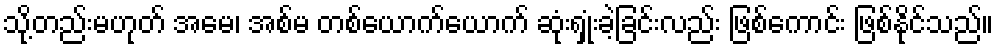
သို့တည်းမဟုတ် အမေ၊ အစ်မ တစ်ယောက်ယောက် ဆုံးရှုံးခဲ့ခြင်းလည်း ဖြစ်ကောင်း ဖြစ်နိုင်သည်။